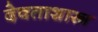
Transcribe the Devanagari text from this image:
देवताशास्त्र